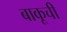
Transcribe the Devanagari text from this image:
बाकूची